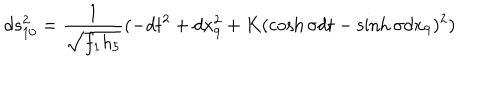
d s _ { 1 0 } ^ { 2 } = \frac { 1 } { \sqrt { f _ { 1 } h _ { 5 } } } ( - d t ^ { 2 } + d x _ { 9 } ^ { 2 } + K ( \cosh \sigma d t - \sinh \sigma d x _ { 9 } ) ^ { 2 } )